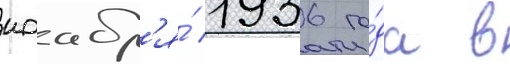
ноабр'я́ 1936 го́да в